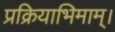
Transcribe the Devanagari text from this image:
प्रक्रियाभिमाम्।